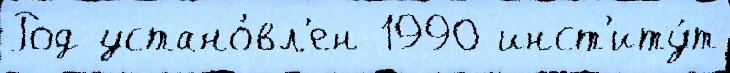
Род устано́вл'ен 1990 инст'иту́т